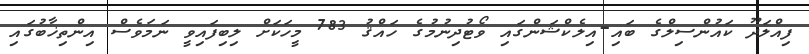
ފިއްލަދޫ ކައުންސިލްގެ ބައި-އިލެކްޝަންގައި ވޯޓުދިނުމުގެ ހައްޤު 783 މީހަކަށް ލިބިފައިވީ ނަމަވެސް އިންތިޚާބުގައި